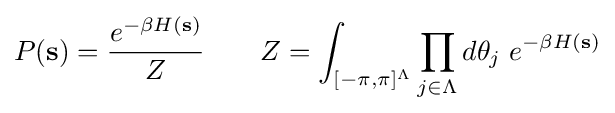
P(\mathbf {s} )={\frac {e^{-\beta H(\mathbf {s} )}}{Z}}\qquad Z=\int _{[-\pi ,\pi ]^{\Lambda }}\prod _{j\in \Lambda }d\theta _{j}\;e^{-\beta H(\mathbf {s} )}